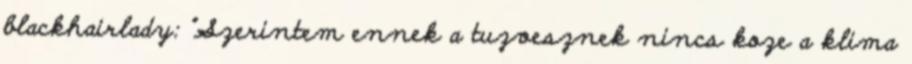
blackhairlady: "Szerintem ennek a tuzvesznek nincs koze a klima